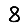
Digit: 8